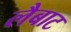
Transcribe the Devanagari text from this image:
लैबाट